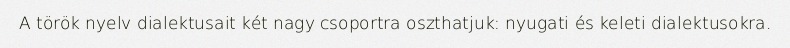
A török nyelv dialektusait két nagy csoportra oszthatjuk: nyugati és keleti dialektusokra.